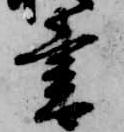
書